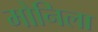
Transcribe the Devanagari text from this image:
मोनिला